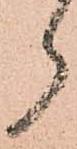
ら